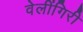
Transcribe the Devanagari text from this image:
वेलींगिरी